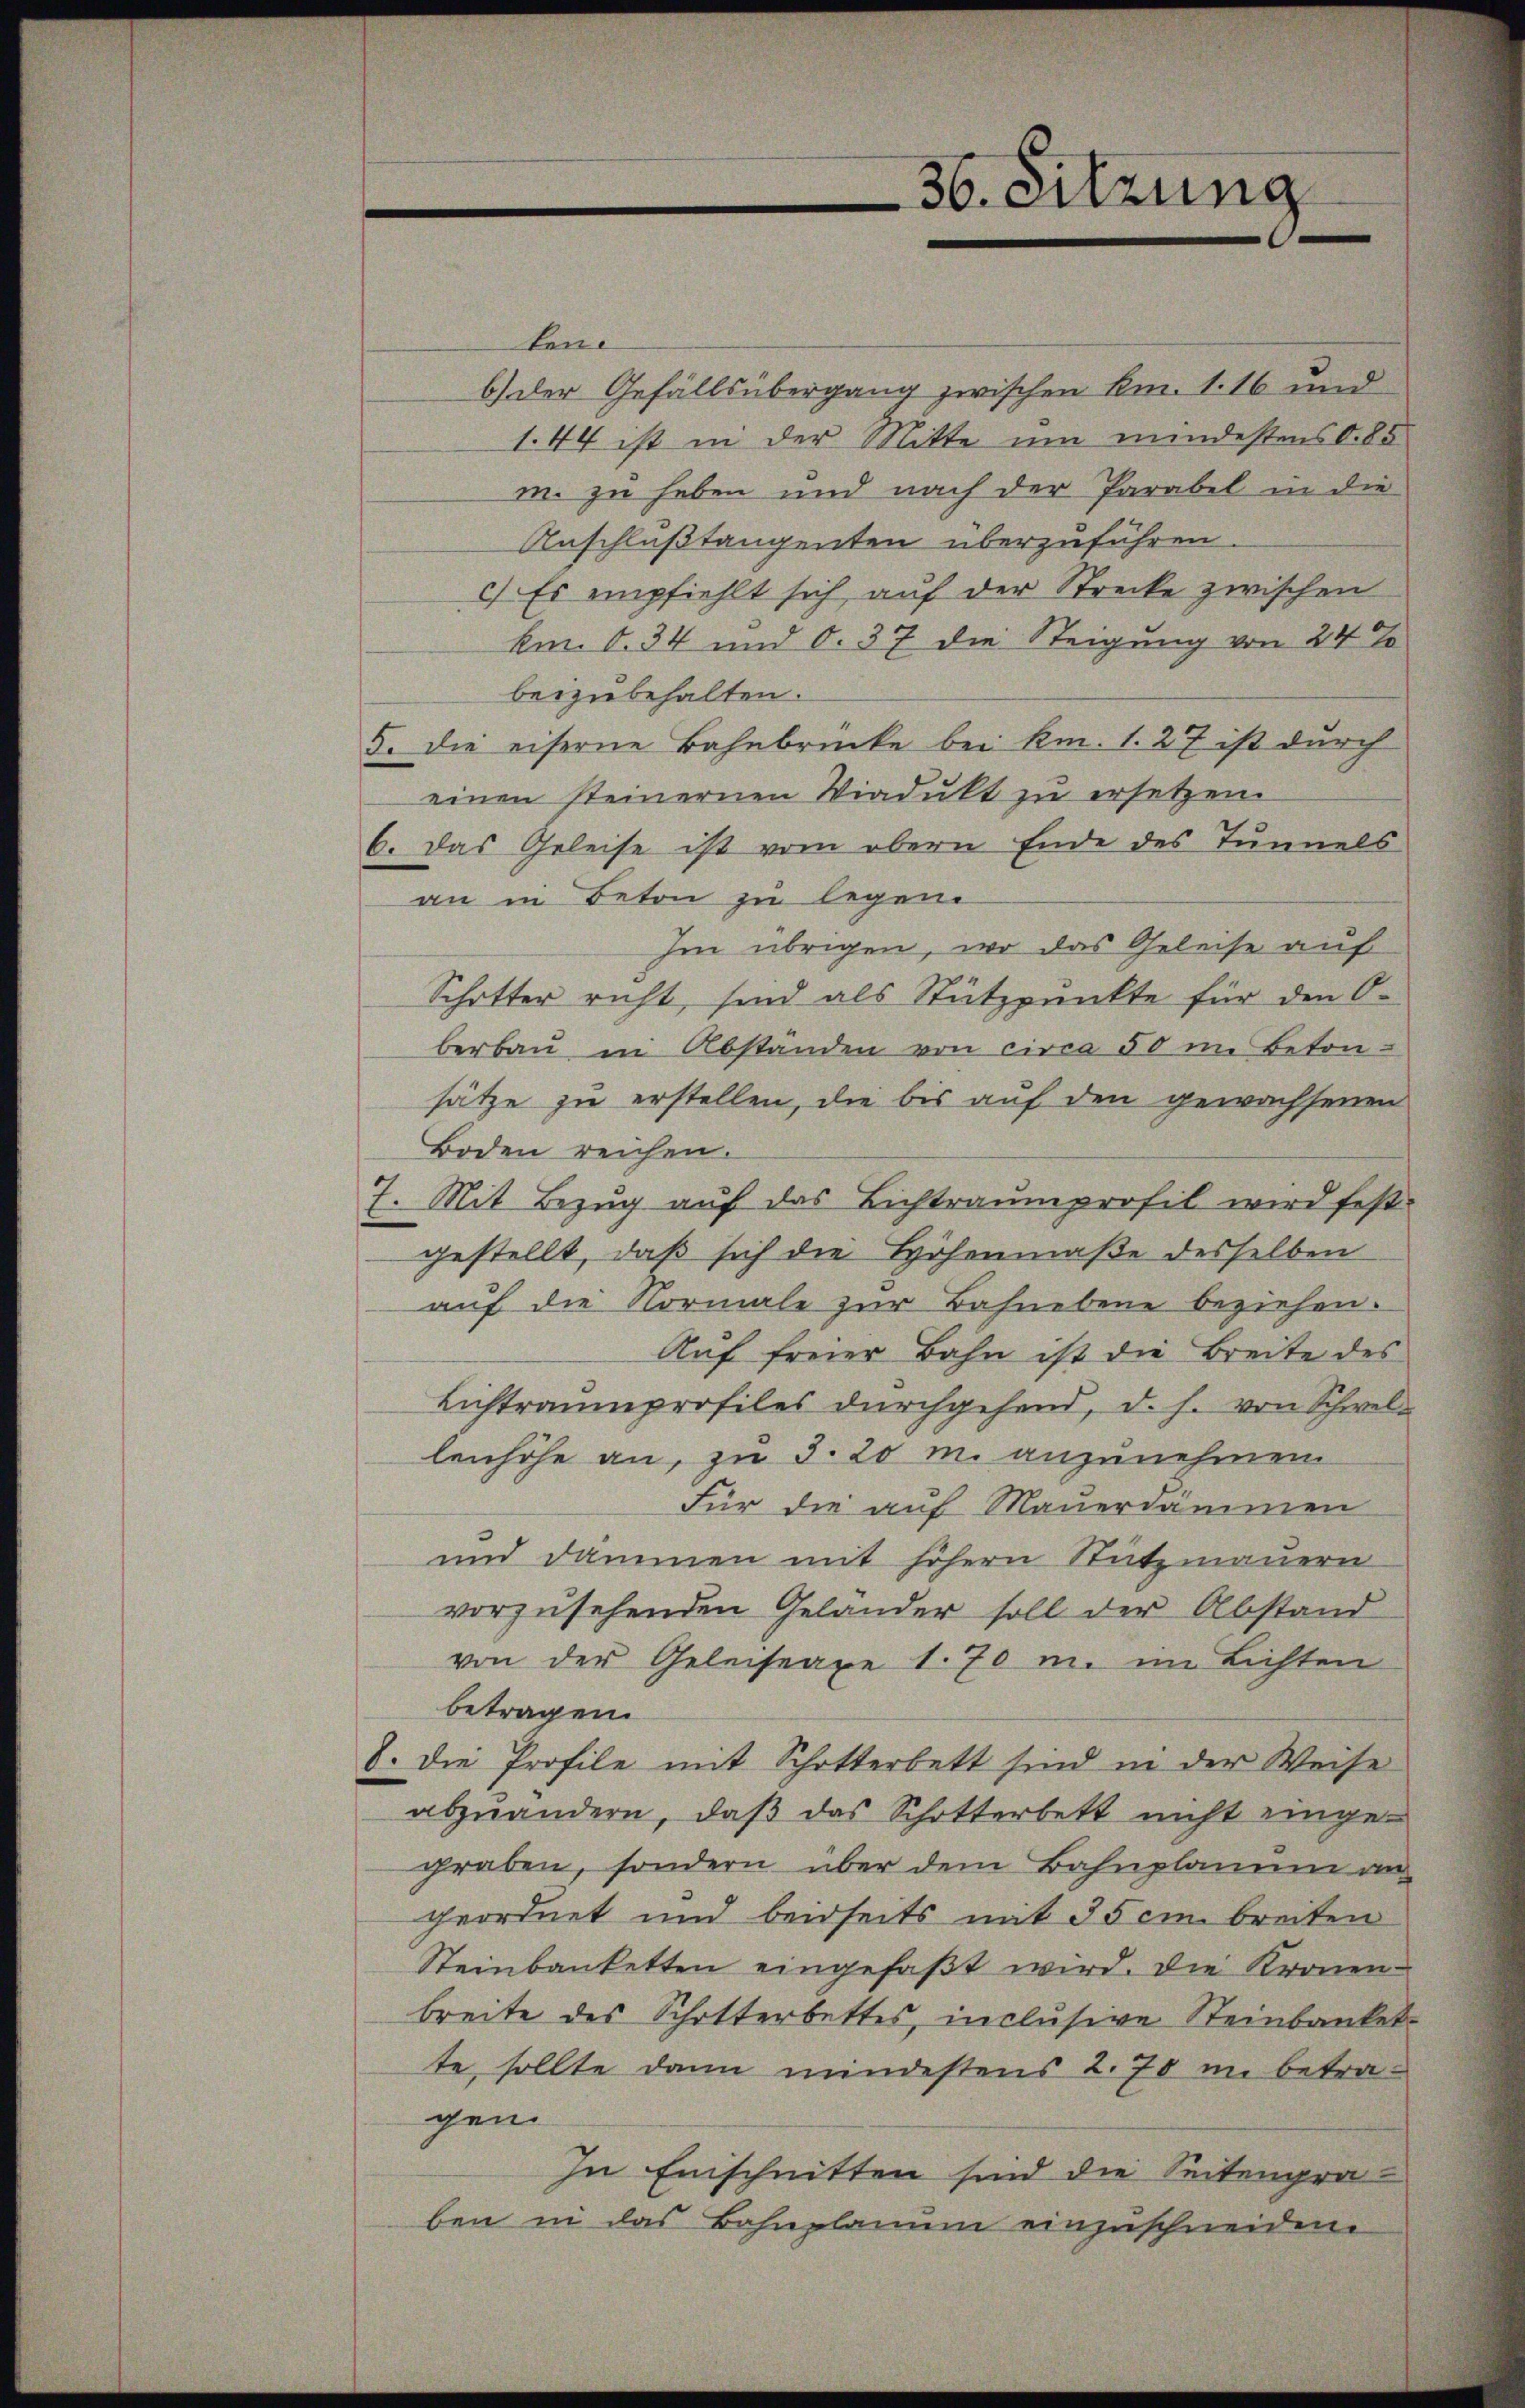
ken.
b.) Der Gefällsübergang zwischen km. 1. 16 und
1.44 ist in der Mitte um mindestens d. 85
m. zu haben und nach der Parabel in die
Anschlußtangenten überzuführen
c) Es empfiehlt sich auf der Strecke zwischen
km. 8. 34 und O. 37 die Steigung von 24 %
beizubehalten.
5. die eiserne Bahnbrücke bei km. 1. 27 ist durch
einen steinernen Viadukt zu ersetzen.
6. Das Geleise ist vom obern Ende des Tunnels
an in Beton zu legen
Im übrigen, wo das Geleise auf
Schotter richt, sind als Stützpunkte für den Oberbaŭ in Abständen von circa 50 in Beton-
sätze zu erstellen, die bis auf den gewachsenen
Boden reichen.
7. Mit Bezug auf das Lichtraumprofil wird fest-
gestellt, daß sich die Höhenmaße desselben
auf die Normale zur Bahnebene beziehen.
Auf freier Bahn ist die Breite des
Lichtraumprofiles durchgehend, d. h. von Schwellenhöhe an, zu S. 20 m. anzunehmen
Für die auf Mauerdämmen
und dammen mit höhern Stützmauern
vorzusehenden Geländer soll der Abstand
von der Geleiseaxe 1. 70 m. im Lichten
betragen.
8. Die Profile mit Schotterbett sind in der Weise
abzuändern, daß das Schotterbett nicht eingegraben, sondern über dem Bahnplane an
geordnet und beidseits mit 35 cm breiten
Steinbanketten eingefaßt wird. Die Kronen-
breite des Schotterbettes, inclusive Steinbankelte, sollte dann mindestens 2. 70 im betragen.
In Einschnitten sind die Seitengraben in das Bahnplanum einzuschneiden.

36. Sitzung